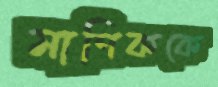
মাণিককে